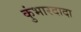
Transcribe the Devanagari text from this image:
कुंभारदादा